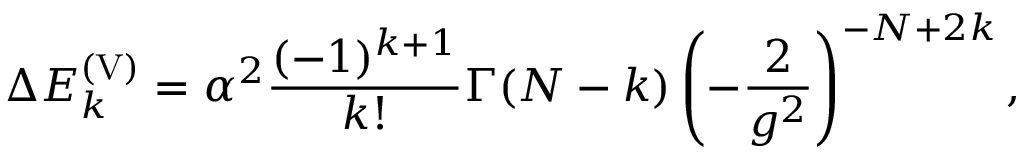
\Delta E _ { k } ^ { \mathrm { ( V ) } } = \alpha ^ { 2 } { \frac { ( - 1 ) ^ { k + 1 } } { k ! } } \Gamma ( { \cal N } - k ) \left( - { \frac { 2 } { g ^ { 2 } } } \right) ^ { - { \cal N } + 2 k } ,